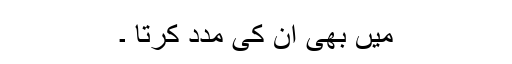
میں بھی ان کی مدد کرتا ۔